Annual report of the Punjab Veterinary College and of the Civil Veterinary Department, Punjab - 1926-1932
Year: 1926
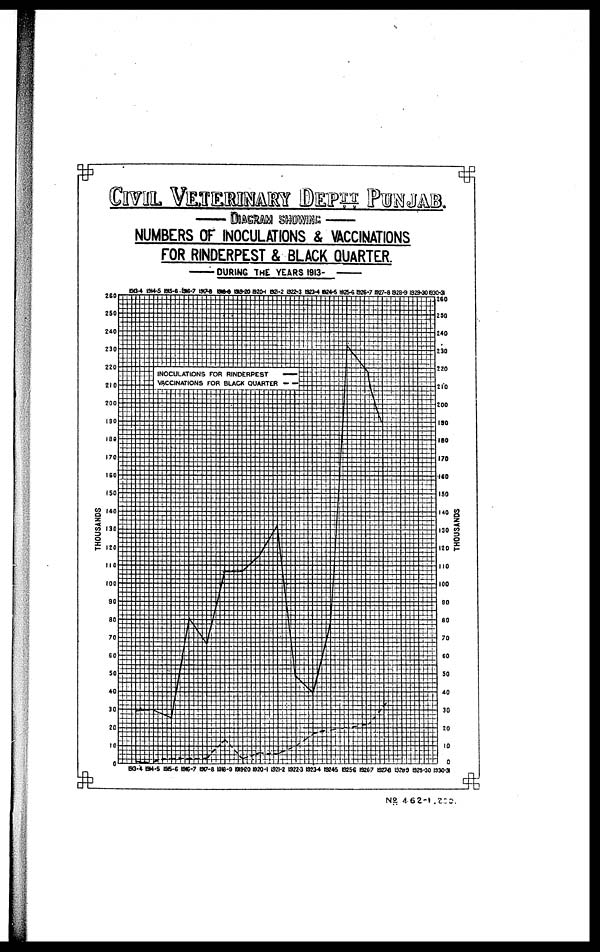
CIVIL VETERINARY DEPTT PUNJAB.
—DIAGRAM SHOWING—
NUMBERS OF INOCULATIONS & VACCINATIONS
FOR RINDERPEST & BLACK QUARTER.
——DURING
THE YEARS 1913-
——
No 462-1 ,200.